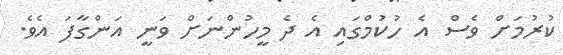
ކުރުމަށް ވެސް އެ ހުކުމްގައި އެ ދެ މީހުންނަށް ވަނީ އަންގާފަ އެވެ.